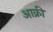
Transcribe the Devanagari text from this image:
आक्री